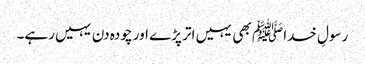
رسولِ خداﷺ بھی یہیں اتر پڑے اور چودہ دن یہیں رہے۔